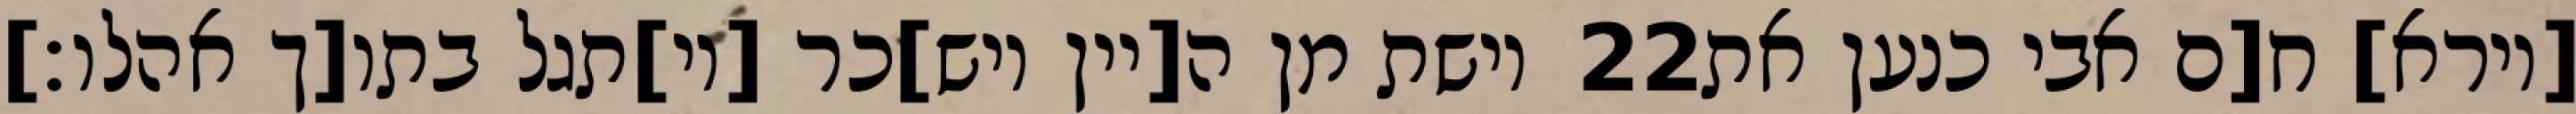
וישת מן ה[יין ויש]כר [וי]תגל בתו[ך אהלו׃] ‎22‏ [וירא] ח[ם אבי כנען את